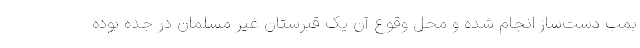
بمب دست‌ساز انجام شده و محل وقوع آن یک قبرستان غیر مسلمان در جده بوده